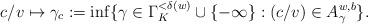
LaTeX: \begin{align*}c/v\mapsto \gamma_{c}:=\inf \{\gamma\in \Gamma_K^{<\delta(w)}\cup\{-\infty\}: (c/v)\in A_\gamma^{w,b}\}.\end{align*}